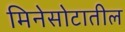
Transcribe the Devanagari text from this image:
मिनेसोटातील